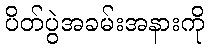
ပိတ်ပွဲအခမ်းအနားကို